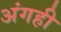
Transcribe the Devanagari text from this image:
अंगही